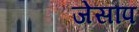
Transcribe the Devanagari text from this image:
जेसौप